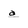
Character: a